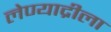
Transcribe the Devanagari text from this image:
लेण्याद्रीला